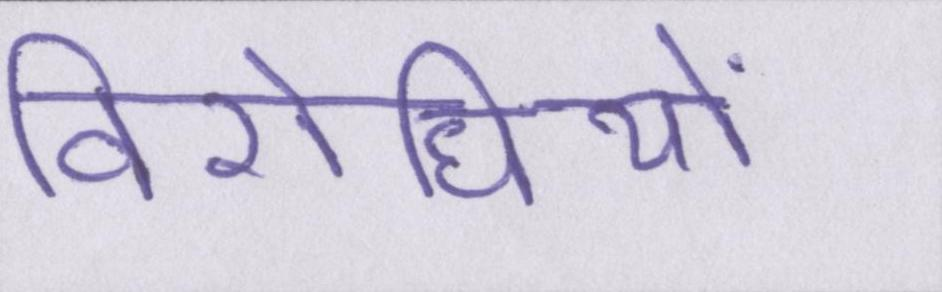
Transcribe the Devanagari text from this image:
विरोधियों